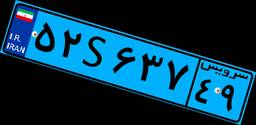
۸۷S۴۴۲۱۹